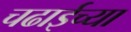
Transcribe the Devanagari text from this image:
चढाईच्या